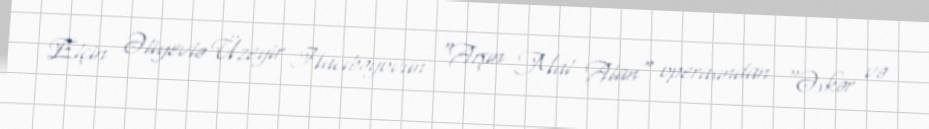
Elçin Əliyevlə Üzeyir Hacıbəyovun "Arşın Mal Alan" operasından "Əskər və